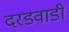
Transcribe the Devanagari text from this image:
दरडवाडी